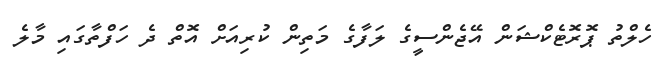
ހެލްތު ޕޮރޮޓެކްޝަން އޭޖެންސީގެ ލަފާގެ މަތިން ކުރިއަށް އޮތް ދެ ހަފްތާގައި މާލެ